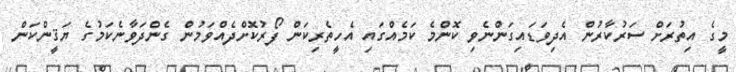
މީގެ އިތުރަށް ސަރުކާރުން އެދިވަޑައިގަންނެވި ކޮންމެ ކަމެއްގައި އެހީތެރިކަން ފޯރުކޮށްދެއްވަމުން ގެންދަވާނެކަމުގެ ޔަޤީންކަން